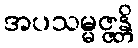
အပသမ္မဇ္ဇန္တိ